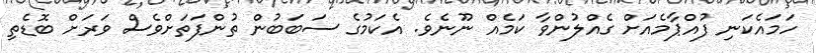
ހަމައެކަނި ފުއްޕާމެއަށް ގެއްލުންވާ ކަމެއް ނޫނެވެ. އެކަމުގެ ސަބަބުން ތުންފަތަށްވެސް ވަރަށް ބޮޑެތި